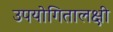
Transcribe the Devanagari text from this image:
उपयोगितालक्षी